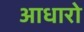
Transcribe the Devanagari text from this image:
आधारो